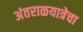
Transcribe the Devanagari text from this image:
अंतराळयात्रेचा